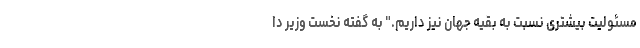
مسئولیت بیشتری نسبت به بقیه جهان نیز داریم." به گفته نخست وزیر دا